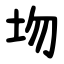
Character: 圽